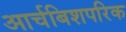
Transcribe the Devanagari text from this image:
आर्चबिशपरिक